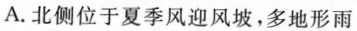
A.北侧位于夏季风迎风坡。多地形雨